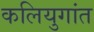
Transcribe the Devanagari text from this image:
कलियुगांत